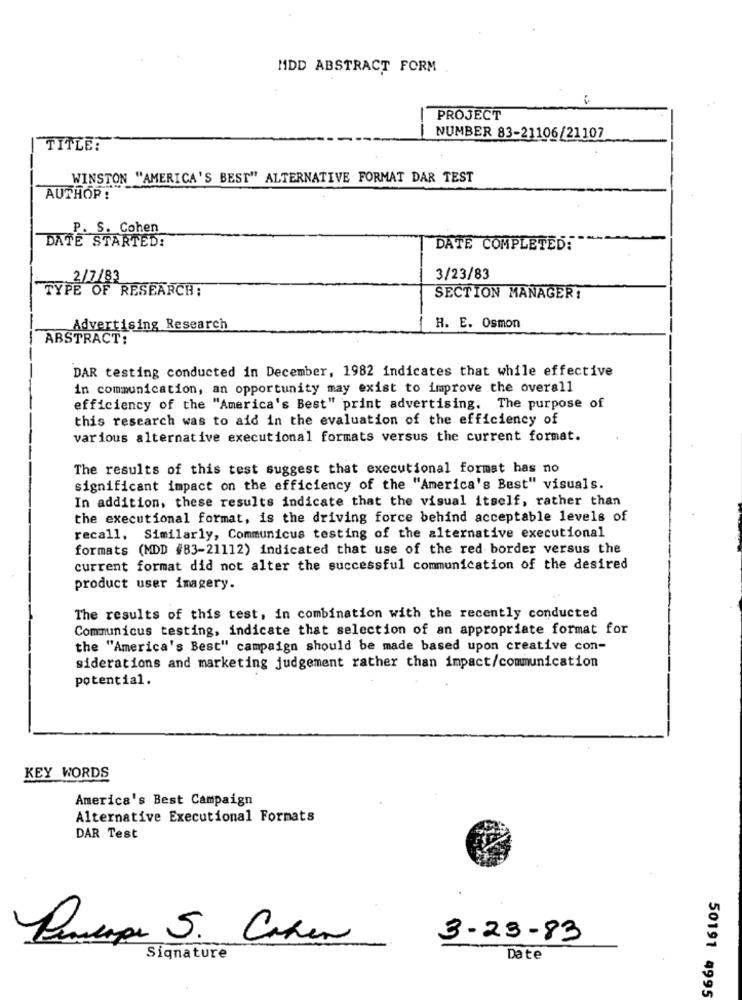
MDD ABSTRACT FORM
PROJECT
NUMBER 83-21106/21107
TITLE:
WINSTON "AMERICA'S BEST" ALTERNATIVE FORMAT DAR TEST
AUTHOR:
P. S. Cohen
DATE STARTED:
DATE COMPLETED:
2/7/83
3/23/83
TYPE OF RESEARCH;
SECTION MANAGER:
Advertising Research
R. E. Osmon
ABSTRACT:
DAR testing conducted in December, 1982 indicates that while effective
in communication, an opportunity may exist to improve the overall
efficiency of the "America's Best" print advertising. The purpose of
this research was to aid in the evaluation of the efficiency of
various alternative executional formats versus the current format.
The results of this test suggest that executional format has no
significant impact on the efficiency of the "America's Best" visuals.
In addition, these results indicate that the visual itself, rather than
the executional format, is the driving force behind acceptable levels of
recall, Similarly, Communicus testing of the alternative executional
formats (MDD #83-21112) indicated that use of the red border versus the
current format did not alter the successful communication of the desired
product user imagery.
The results of this test, in combination with the recently conducted
Communicus testing, indicate that selection of an appropriate format for
the "America's Best" campaign should be made based upon creative con-
siderations and marketing judgement rather than impact/communication
potential.
KEY WORDS
America's Best Campaign
Alternative Executional Formats
DAR Test
Pincipe S. Cohen
3-23-83
Signature
Date
50191 4995